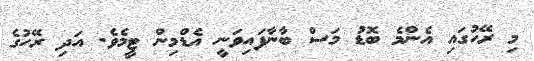
މި ރޭހުގައި އެންމެ ބޮޑު މަސް ބާނާފައިވަނީ އެޑްމިން ޓީމެވެ. އަދި ރޭހުގެ